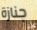
جنازة